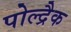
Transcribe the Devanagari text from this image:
पोल्द्रैक